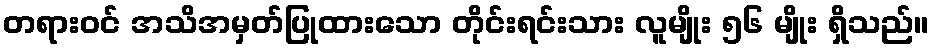
တရားဝင် အသိအမှတ်ပြုထားသော တိုင်းရင်းသား လူမျိုး ၅၆ မျိုး ရှိသည်။